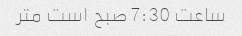
ساعت 7:30 صبح است متر